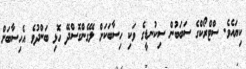
ކިޔައެވެ. ސްޓްރޯކްގެ ސަބަބުން ސިކުނޑީގެ ވަކި ހިސާބަކަށް ލޭގެންގޮސްދޭ ހޮޅި ބަންދުވެ އެހިސާބަށް